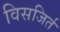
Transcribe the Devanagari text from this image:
विसजिर्त